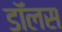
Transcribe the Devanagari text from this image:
डॉलस